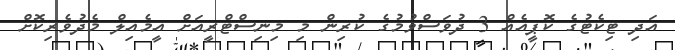
އަދި ޓިކެޓުގެ ކޮޕީއެއް 3 ދުވަސްވުމުގެ ކުރިން މި މިނިސްޓްރީއަށް އީމެއިލް މެދުވެރިކޮށް